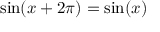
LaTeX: \sin ( x + 2 \pi ) = \sin ( x )